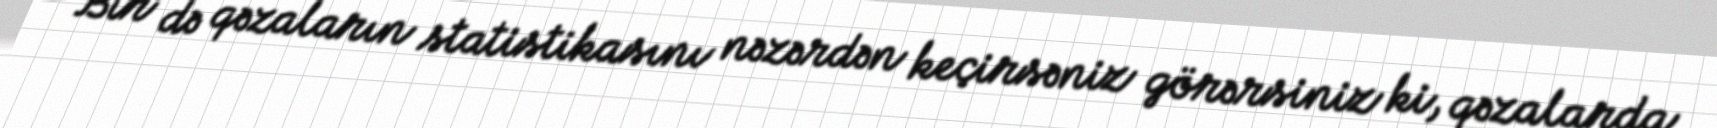
Bir də qəzaların statistikasını nəzərdən keçirsəniz görərsiniz ki, qəzalarda